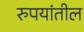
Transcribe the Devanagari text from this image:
रुपयांतील